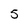
Character: 5